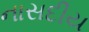
નાસદીય